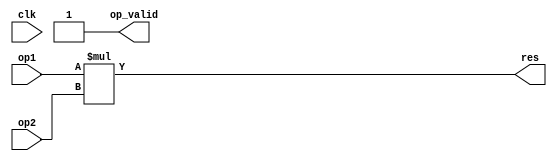
module mult16_32(
res,
op_valid,
op1,
op2,
clk
);

parameter IPWRDLEN = 16;
parameter OPWRDLEN = 2*IPWRDLEN;

input [IPWRDLEN-1:0] op1;
input [IPWRDLEN-1:0] op2; 
input clk;

//wire [OPWRDLEN-1:0] r_res; 
output [OPWRDLEN-1:0] res;
//reg [OPWRDLEN-1:0] res;
//reg [OPWRDLEN-1:0] res;
output op_valid;

//always@(posedge clk) begin
// code goes here
//  res = op1*op2;
//end

//temp workaround
assign res = op1*op2;
//assign res = {r_res[OPWRDLEN-2:0],1'b0};
assign op_valid = 1;
//$display("r_res %b res %b ",r_res,res)

endmodule